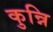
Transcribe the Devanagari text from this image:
कुन्नि